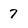
Character: 7